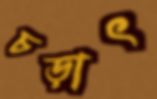
চড়াৎ